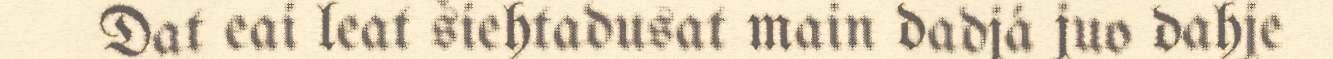
Dat eai leat šiehtadusat main dadjá juo dahje